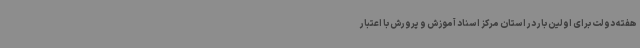
هفته دولت برای اولین بار در استان مرکز اسناد آموزش‌ و پرورش با اعتبار